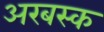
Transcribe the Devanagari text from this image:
अरबस्क